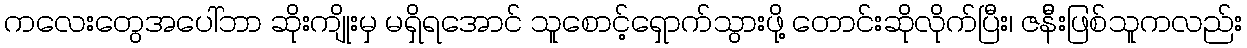
ကလေးတွေအပေါ်ဘာ ဆိုးကျိုးမှ မရှိရအောင် သူစောင့်ရှောက်သွားဖို့ တောင်းဆိုလိုက်ပြီး၊ ဇန်ီးဖြစ်သူကလည်း